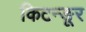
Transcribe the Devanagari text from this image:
किटन्ङूर